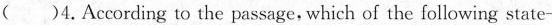
( )4.According to the passage, which of the following state-